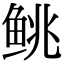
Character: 𬶐